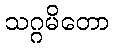
သဂ္ဂမိတော